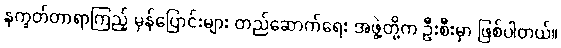
နက္ခတ်တာရာကြည့် မှန်ပြောင်းများ တည်ဆောက်ရေး အဖွဲ့တို့က ဦးစီးမှာ ဖြစ်ပါတယ်။